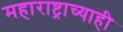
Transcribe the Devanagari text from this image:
महाराष्ट्राच्याही